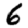
Digit: 6